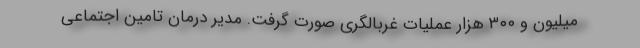
میلیون و ۳۰۰ هزار عملیات غربالگری صورت گرفت. مدیر درمان تامین اجتماعی